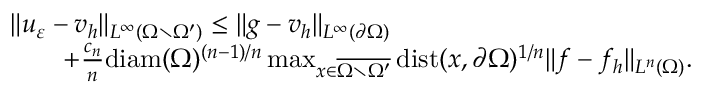
\begin{array} { r l } & { \| u _ { \varepsilon } - v _ { h } \| _ { L ^ { \infty } ( \Omega \setminus \Omega ^ { \prime } ) } \leq \| g - v _ { h } \| _ { L ^ { \infty } ( \partial \Omega ) } } \\ & { \qquad + \frac { c _ { n } } { n } \mathrm { d i a m } ( \Omega ) ^ { ( n - 1 ) / n } \operatorname* { m a x } _ { x \in \overline { { \Omega \setminus \Omega ^ { \prime } } } } \operatorname { d i s t } ( x , \partial \Omega ) ^ { 1 / n } \| f - f _ { h } \| _ { L ^ { n } ( \Omega ) } . } \end{array}